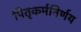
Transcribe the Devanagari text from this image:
पितृकर्मनिर्णय